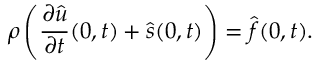
\rho \left( \frac { \partial \hat { \boldsymbol u } } { \partial t } ( 0 , t ) + \hat { \boldsymbol s } ( 0 , t ) \right) = \hat { \boldsymbol f } ( 0 , t ) .